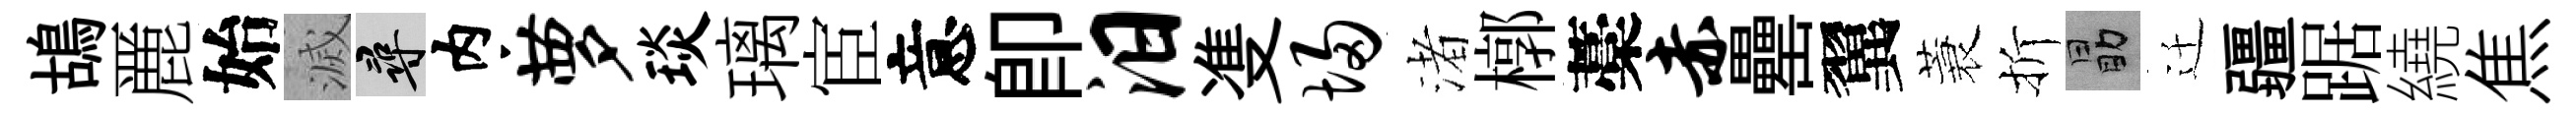
鴣䴡始滅尋内萝琰璃宦意卽汨㕠埽渚槨藁赤罍翼蓑折勗迁疆踞繞焦